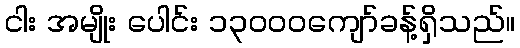
ငါး အမျိုး ပေါင်း ၁၃၀၀၀ကျော်ခန့်ရှိသည်။